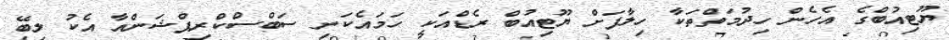
ޔޫޓިއުބްގެ އެހެން ހިދުމަތްތަކާ ހިލާފަށް ޔޫޓިއުބް ރެޑްއަކީ ހަމައެކަނި ސަބްސްކްރިޕްޝަންއާ އެކު ލިބޭ